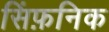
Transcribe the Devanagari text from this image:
सिंफ़निक